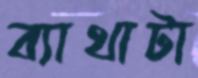
ব্যাথাটা